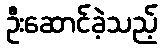
ဦးဆောင်ခဲ့သည့်